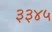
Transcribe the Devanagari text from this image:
३३४५